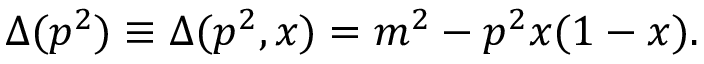
\Delta ( p ^ { 2 } ) \equiv \Delta ( p ^ { 2 } , x ) = m ^ { 2 } - p ^ { 2 } x ( 1 - x ) .